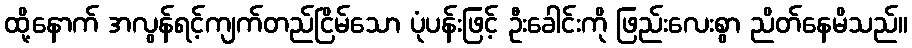
ထို့နောက် အလွန်ရင့်ကျက်တည်ငြိမ်သော ပုံပန်းဖြင့် ဦးခေါင်းကို ဖြည်းလေးစွာ ညိတ်နေမိသည်။